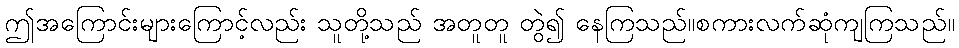
ဤအကြောင်းများကြောင့်လည်း သူတို့သည် အတူတူ တွဲ၍ နေကြသည်။စကားလက်ဆုံကျကြသည်။